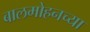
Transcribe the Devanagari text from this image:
बालमोहनच्या